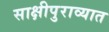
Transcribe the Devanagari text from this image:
साक्षीपुराव्यात